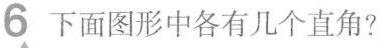
6下面图形中各有几个直角?